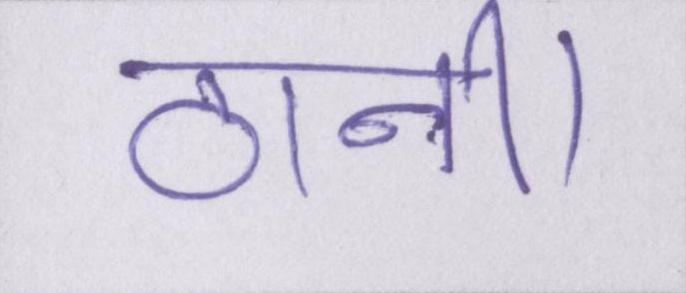
ठानी।